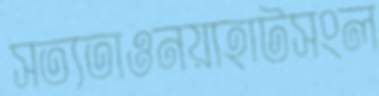
সত্যতাওনয়াহাটসংল